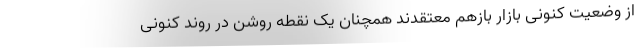
از وضعیت کنونی بازار بازهم معتقدند همچنان یک نقطه روشن در روند کنونی